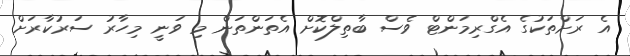
އެ ރަށްތަކުގެ އެގްރިމަންޓް ވެސް ބާތިލްކޮށް އެތަންތަން މި ވަނީ މިހާރު ސަރުކާރަށް